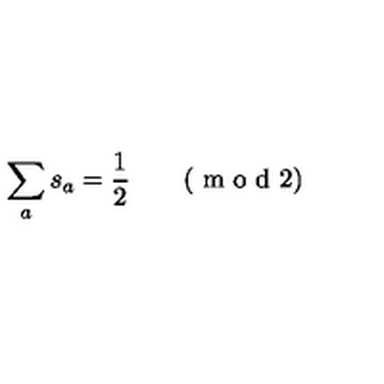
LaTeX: \sum _ { a } s _ { a } = \frac { 1 } { 2 } \qquad ( \textrm { m o d } 2 )